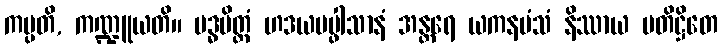
ကမ္ပတိ, ကဏ္ဍူယတိ။ ဗဒ္ဓပိတ္တံ ဟဒယပပ္ဖါသာနံ အန္တရေ ယကနမံသံ နိဿာယ ပတိဋ္ဌိတေ